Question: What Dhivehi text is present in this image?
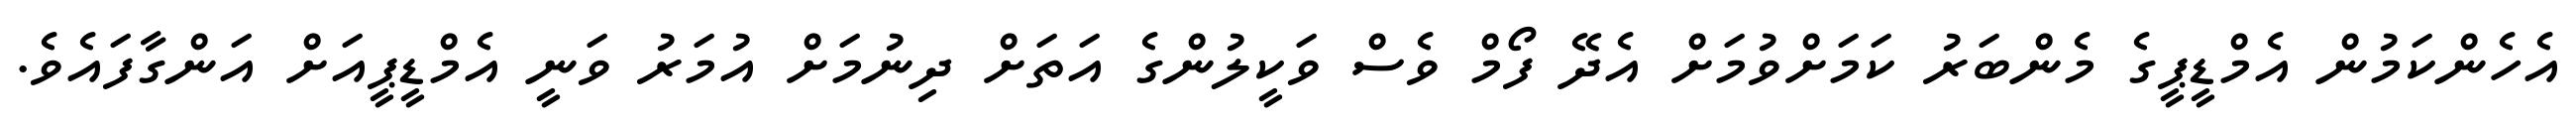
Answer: އެހެންކަމުން އެމްޑީޕީގެ މެންބަރު ކަމަށްވުމަށް އެދޭ ފޯމް ވެސް ވަކީލުންގެ އަތަށް ދިނުމަށް އުމަރު ވަނީ އެމްޑީޕީއަށް އަންގާފައެވެ.